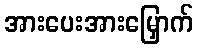
အားပေးအားမြှောက်